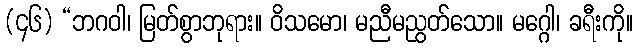
(၄၆) “ဘဂဝါ၊ မြတ်စွာဘုရား။ ဝိသမော၊ မညီမညွတ်သော။ မဂ္ဂေါ၊ ခရီးကို။